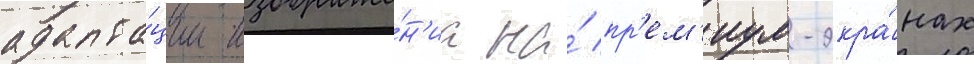
адапта́ции изображе́н'иа на́ пр'ем'иум-экра́нах